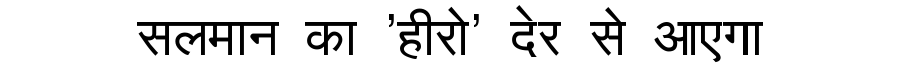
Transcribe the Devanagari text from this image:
सलमान का 'हीरो' देर से आएगा